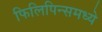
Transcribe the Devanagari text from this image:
फिलिपिन्समध्ये